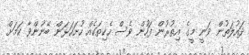
ދައުލަތުން ވަނީ މީގެ އިތުރުން ފަހުން ވެސް ހެކިތަކެއް ހުށަހަޅަން ބޭނުންވާ ކަމަށް